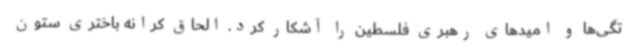
تگی‌ها و امیدهای رهبری فلسطین را آشکار کرد. الحاق کرانه باختری ستون